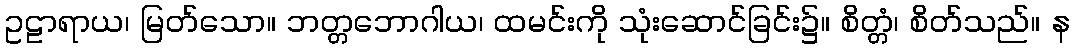
ဥဠာရာယ၊ မြတ်သော။ ဘတ္တဘောဂါယ၊ ထမင်းကို သုံးဆောင်ခြင်း၌။ စိတ္တံ၊ စိတ်သည်။ န